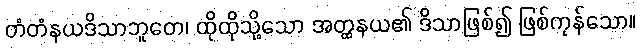
တံတံနယဒိသာဘူတေ၊ ထိုထိုသို့သော အတ္ထနယ၏ ဒိသာဖြစ်၍ ဖြစ်ကုန်သော။